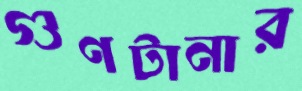
গুণটানার